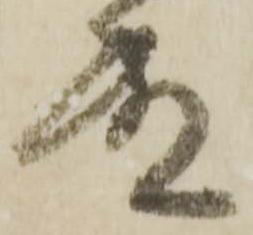
殿